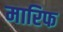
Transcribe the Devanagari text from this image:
मारिफ